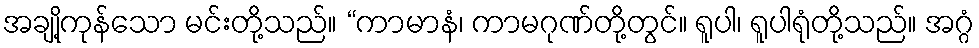
အချို့ကုန်သော မင်းတို့သည်။ “ကာမာနံ၊ ကာမဂုဏ်တို့တွင်။ ရူပါ၊ ရူပါရုံတို့သည်။ အဂ္ဂံ